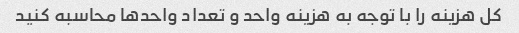
کل هزینه را با توجه به هزینه واحد و تعداد واحدها محاسبه کنید